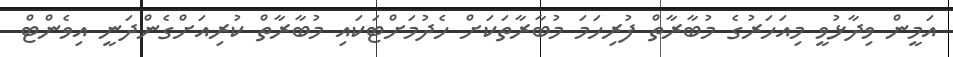
އަމީން ވިދާޅުވީ މިއަހަރުގެ މުބާރާތް ފުރިހަމަ މުބާރާތަކަށް ހެދުމަށްޓަކައި މުބާރާތް ކުރިއަށްގެންދަނީ އިވެންޓް